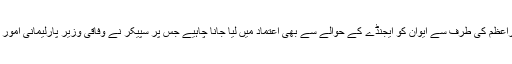
ایم کیو ایم کے رکن شیخ صلاح الدین نے کہا کہ 31 مئی تک اجلاس چلانے کا فیصلہ کیا گیا ہے، وزیراعظم کی طرف سے ایوان کو ایجنڈے کے حوالے سے بھی اعتماد میں لیا جانا چاہیے جس پر سپیکر نے وفاقی وزیر پارلیمانی امور سے استفسار کیا تو انہوں نے کہا کہ ابھی اجلاس مزید چلانے کی حتمی تاریخ کا تعین نہیں کیا گیا ہے۔